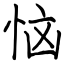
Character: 恼